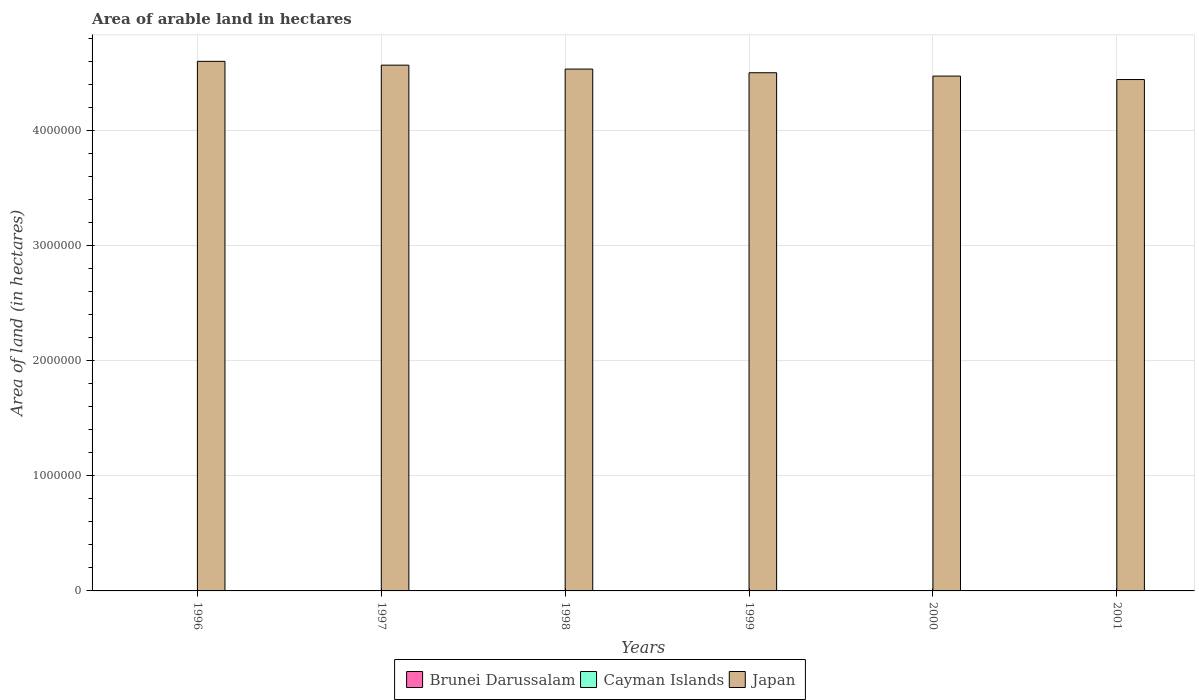
| Years | Brunei Darussalam | Cayman Islands | Japan |
 | --- | --- | --- | --- |
 | 1996 | 2e+03 | 200 | 4.6e+06 |
 | 1997 | 2e+03 | 200 | 4.57e+06 |
 | 1998 | 2e+03 | 200 | 4.54e+06 |
 | 1999 | 2e+03 | 200 | 4.5e+06 |
 | 2000 | 2e+03 | 200 | 4.47e+06 |
 | 2001 | 2e+03 | 200 | 4.44e+06 |